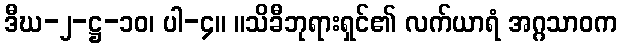
ဒီဃ-၂-ဋ္ဌ-၁၀၊ ပါ-၄။ ။သိခီဘုရားရှင်၏ လက်ယာရံ အဂ္ဂသာဝက